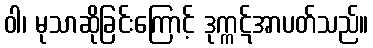
ဝါ၊ မုသာဆိုခြင်းကြောင့် ဒုက္ကဋ်အာပတ်သည်။